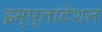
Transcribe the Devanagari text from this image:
इम्प्लांटेशन